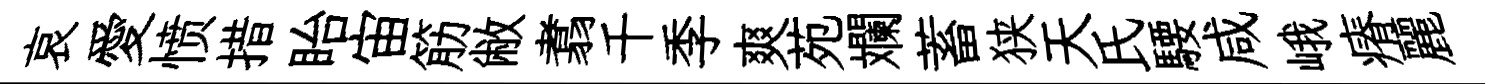
哀愛愤措眙宙筋敝翥千季爽苑斕蓄狭天氏騕咸峨瘠麗